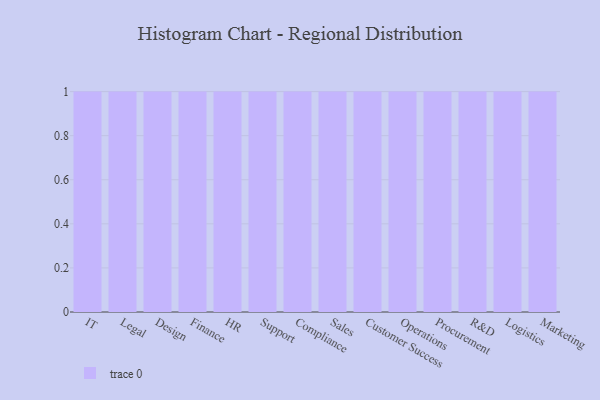
{"axis": {"x": "Department", "y": "Shipments"}, "legend": [""], "data": [{"x": "IT", "y": 43, "type": ""}, {"x": "Legal", "y": 80, "type": ""}, {"x": "Design", "y": 71, "type": ""}, {"x": "Finance", "y": 71, "type": ""}, {"x": "HR", "y": 4, "type": ""}, {"x": "Support", "y": 20, "type": ""}, {"x": "Compliance", "y": 85, "type": ""}, {"x": "Sales", "y": 11, "type": ""}, {"x": "Customer Success", "y": 22, "type": ""}, {"x": "Operations", "y": 22, "type": ""}, {"x": "Procurement", "y": 26, "type": ""}, {"x": "R&D", "y": 96, "type": ""}, {"x": "Logistics", "y": 13, "type": ""}, {"x": "Marketing", "y": 66, "type": ""}]}